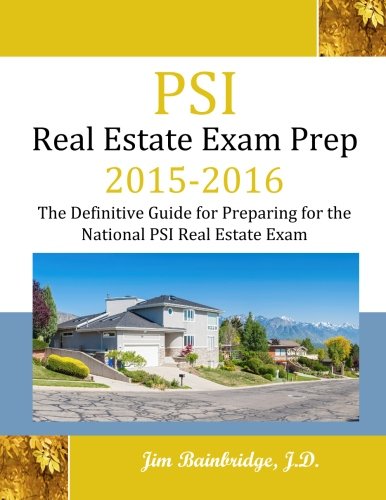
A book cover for PSI Real Estate Exam Prep 2015-2016: The Definitive Guide to Preparing for the National PSI Real Estate Exam; Jim Bainbridge J.D.; Business & Money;